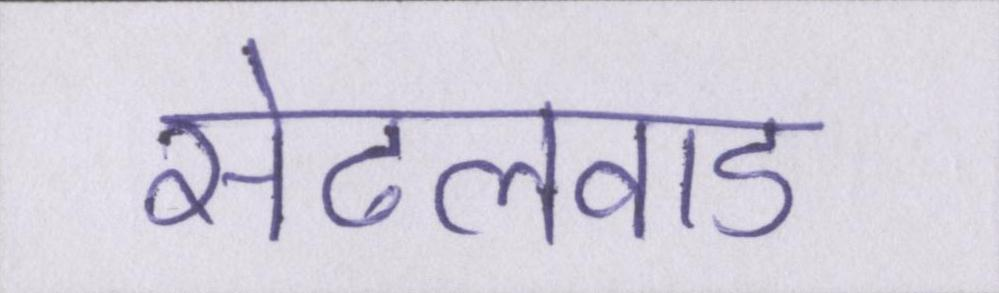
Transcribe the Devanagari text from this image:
सेटलवाड